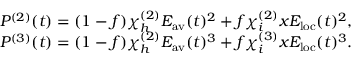
\begin{array} { r } { P ^ { ( 2 ) } ( t ) = ( 1 - f ) \chi _ { h } ^ { ( 2 ) } E _ { \mathrm { a v } } ( t ) ^ { 2 } + f \chi _ { i } ^ { ( 2 ) } x E _ { \mathrm { l o c } } ( t ) ^ { 2 } , } \\ { P ^ { ( 3 ) } ( t ) = ( 1 - f ) \chi _ { h } ^ { ( 2 ) } E _ { \mathrm { a v } } ( t ) ^ { 3 } + f \chi _ { i } ^ { ( 3 ) } x E _ { \mathrm { l o c } } ( t ) ^ { 3 } . } \end{array}